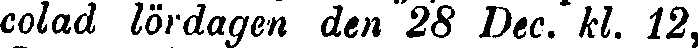
colad lördagen den 28 Dec. kl. 12,